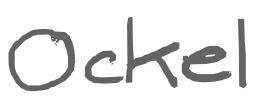
Text: Ockel
Cross-out: clean
Writing tool: digital_gray